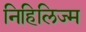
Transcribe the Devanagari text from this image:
निहिलिज्म